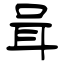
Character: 咠